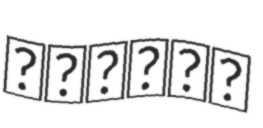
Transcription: אריאלה